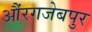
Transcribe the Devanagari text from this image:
औंरगजेबपुर